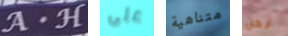
A.H على متناهية نحن